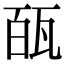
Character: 㼣